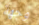
وجهة